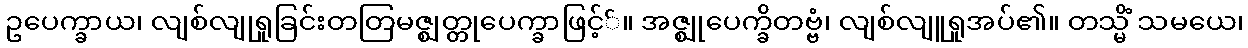
ဥပေက္ခာယ၊ လျစ်လျုရှုခြင်းတတြမဇ္ဈတ္တုပေက္ခာဖြင့််။ အဇ္ဈုပေက္ခိတဗ္ဗံ၊ လျစ်လျူရှုအပ်၏။ တသ္မိံ သမယေ၊